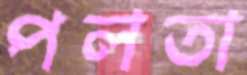
পলতা